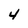
Character: 4